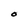
Character: O